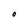
Character: O